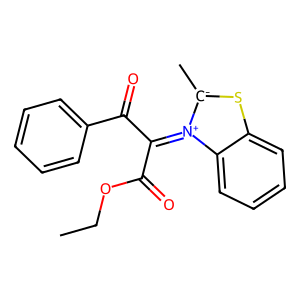
SMILES: CCOC(=O)C(C(=O)c1ccccc1)=[N+]1c2ccccc2S[C-]1C
Inhibits HIV replication: No